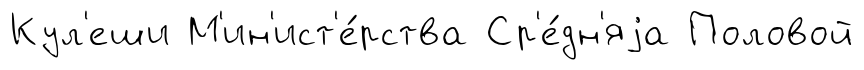
Кул'еши М'ин'ист'е́рства Ср'е́дн'яjа Половой